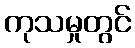
ကုသမှုတွင်